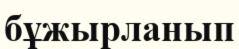
бұжырланып